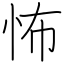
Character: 怖